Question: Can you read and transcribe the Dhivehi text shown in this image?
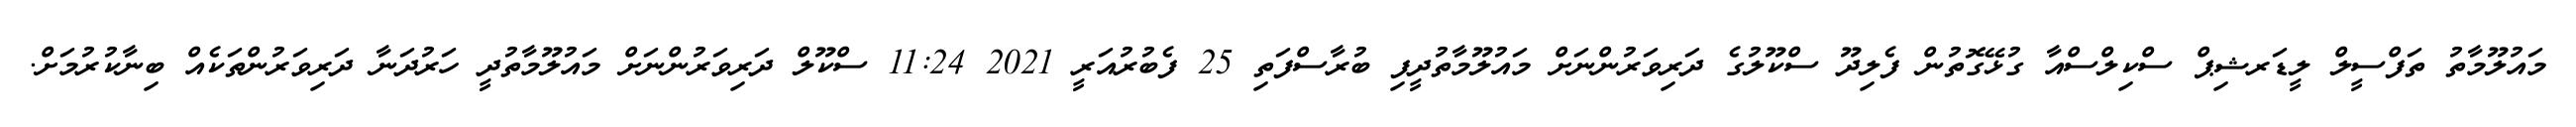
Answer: މައުލޫމާތު ތަފްސީލް ލީޑަރޝިޕް ސްކިލްސްއާ ގުޅޭގޮތުން ފެލިދޫ ސްކޫލުގެ ދަރިވަރުންނަށް މައުލޫމާތުދީފި ބުރާސްފަތި 25 ފެބުރުއަރީ 2021 11:24 ސްކޫލް ދަރިވަރުންނަށް މައުލޫމާތުދީ ހަރުދަނާ ދަރިވަރުންތަކެއް ބިނާކުރުމަށް.